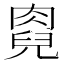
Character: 𠒯